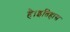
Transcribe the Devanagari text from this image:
है।इतिहास